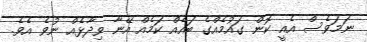
ނަމަވެސް އެއީ ކޮން ގައުމެއްގެ ބައެއް ކަމެއް އޭނާ ވިދާޅެއް ނުވެ އެވެ.